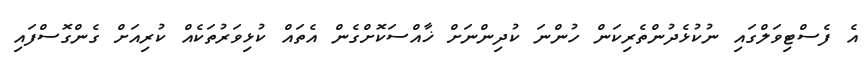
އެ ފެސްޓިވަލްގައި ނުކުޅެދުންތެރިކަން ހުންނަ ކުދިންނަށް ޚާއްސަކޮށްގެން އެތައް ކުޅިވަރުތަކެއް ކުރިއަށް ގެންގޮސްފައި